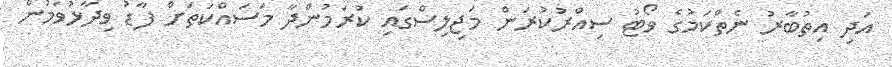
އަދި އިތުބާރު ނެތްކަމުގެ ވޯޓު ސިއްރުކުރަން މަޖިލިސްގައި ކުރަމުންދާ މަސައްކަތަށް ފާޑު ވިދާޅުވަމުން